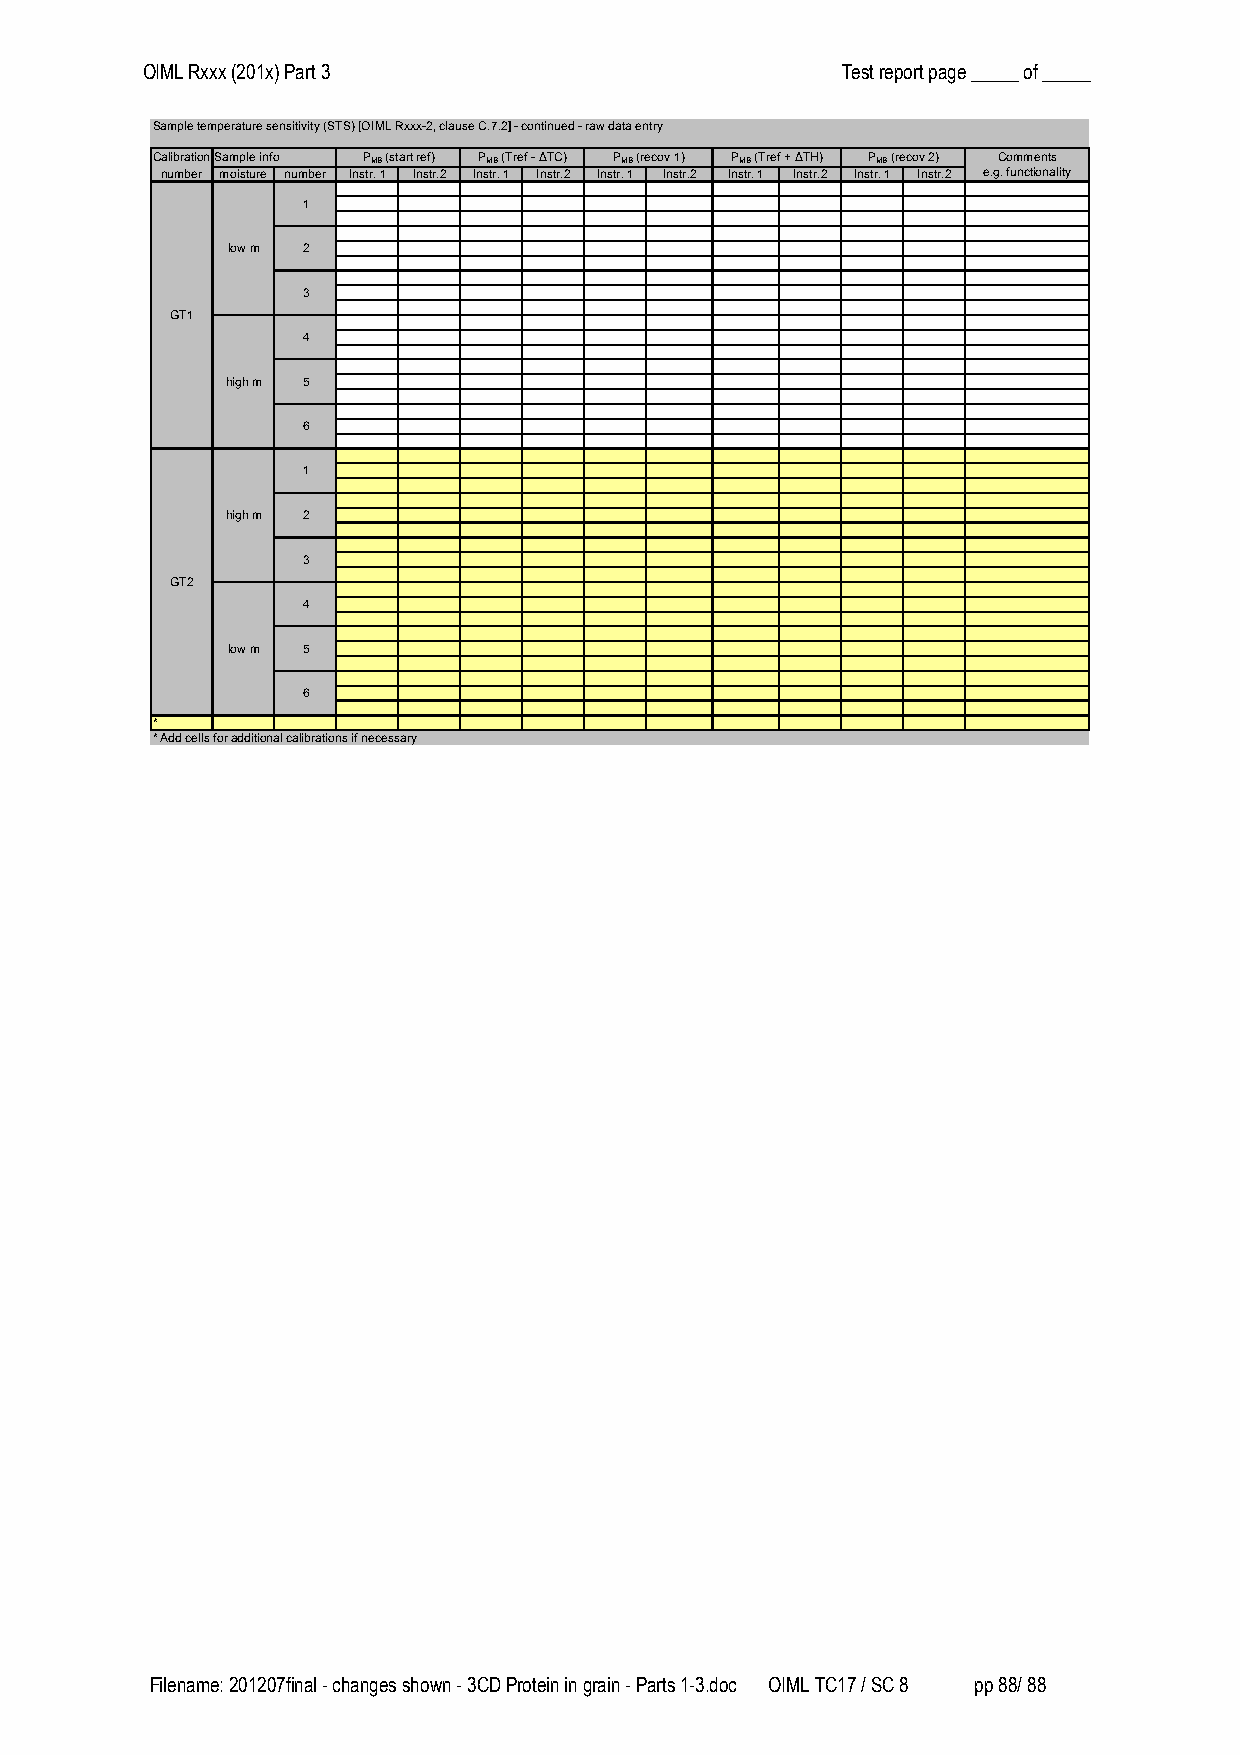
OIML Rxxx (201x) Part 3                        Test report page _____ of _____
 Sample temperature sensitivity (STS) [OIML Rxxx-2, clause C.7.2] - continued - raw data entry
 CalibrationSample info PMB (start ref) PMB (Tref - ΔTC) PMB (recov 1) PMB (Tref + ΔTH) PMB (recov 2) Comments
 number moisture number Instr. 1 Instr.2 Instr. 1 Instr.2 Instr. 1 Instr.2 Instr. 1 Instr.2 Instr. 1 Instr.2 e.g. functionality
 1
 low m 2
 3
 GT1
 4
 high m 5
 6
 1
 high m 2
 3
 GT2
 4
 low m 5
 6
 *
 * Add cells for additional calibrations if necessary
 Filename: 201207final - changes shown - 3CD Protein in grain - Parts 1-3.doc OIML TC17 / SC 8 pp 88/ 88